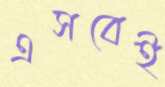
এসবেই